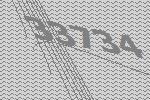
33734